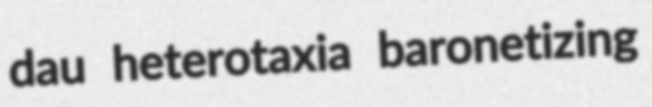
dau heterotaxia baronetizing